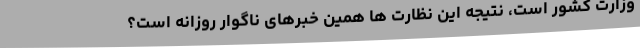
وزارت کشور است، نتیجه این نظارت ها همین خبرهای ناگوار روزانه است؟